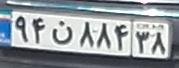
۹۴ن۸۸۴۳۸